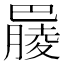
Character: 𣎞